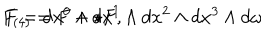
F _ { ( 4 ) } = F + \star F , \hspace { 0 . 5 c m } F = d x ^ { 0 } \wedge d x ^ { 1 } \wedge d x ^ { 2 } \wedge d x ^ { 3 } \wedge d \omega